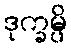
ဒုက္ခမ္ပိ